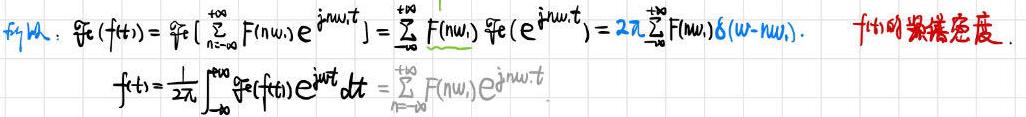
证明：\(\mathcal{F}_t(f(t))=\mathcal{F}_t\left[\sum_{n = -\infty}^{+\infty}F(n\omega_s)e^{jn\omega_st}\right]=\sum_{n = -\infty}^{+\infty}F(n\omega_s)\mathcal{F}_t(e^{jn\omega_st}) = 2\pi\sum_{n = -\infty}^{+\infty}F(n\omega_s)\delta(\omega - n\omega_s).\quad f(t)\)的频谱密度.\\
\(f(t)=\frac{1}{2\pi}\int_{-\infty}^{+\infty}\mathcal{F}_t(f(t))e^{j\omega t}d\omega=\sum_{n = -\infty}^{+\infty}F(n\omega_s)e^{jn\omega_st}\)